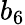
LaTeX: b_{6}